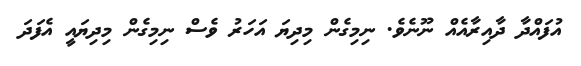
އުފައްދާ ދާއިރާއެއް ނޫނެވެ. ނިމިގެން މިދިޔަ އަހަރު ވެސް ނިމިގެން މިދިޔައީ އެފަދަ